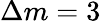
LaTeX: \Delta m=3